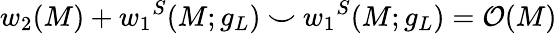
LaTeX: w_{2}(M)+{w_{1}}^{S}(M;g_{L})~{\smile}~{w_{1}}^{S}(M;g_{L})={\cal O}(M)